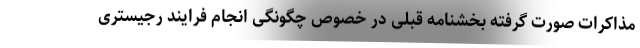
مذاکرات صورت گرفته بخشنامه قبلی در خصوص چگونگی انجام فرایند رجیستری